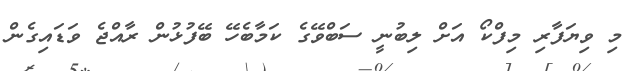
މި ވިޔަފާރި މިފްކޯ އަށް ލިބުނީ ސަބްވޭގެ ކަމާބެހޭ ބޭފުޅުން ރާއްޖެ ވަޑައިގެން